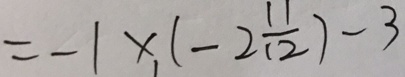
= - 1 \times , ( - 2 \frac { 1 1 } { 1 2 } ) - 3